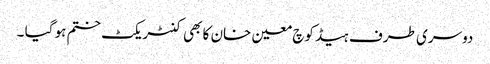
دوسری طرف ہیڈ کوچ معین خان کا بھی کنٹریکٹ ختم ہو گیا ۔